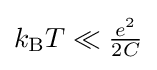
k_{\rm {B}}T\ll {\tfrac {e^{2}}{2C}}